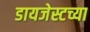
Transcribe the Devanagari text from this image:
डायजेस्टच्या